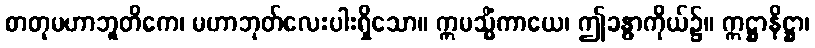
စာတုမဟာဘူတိကေ၊ မဟာဘုတ်လေးပါးရှိသော။ ဣမသ္မိံကာယေ၊ ဤခန္ဓာကိုယ်၌။ ဣဋ္ဌာနိဋ္ဌာ၊